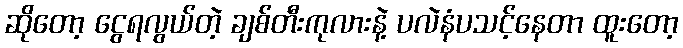
ဆိုတော့ ငွေရလွယ်တဲ့ ချစ်တီးကုလားနဲ့ ပလဲနံပသင့်နေတာ ထူးတော့